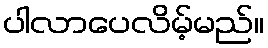
ပါလာပေလိမ့်မည်။